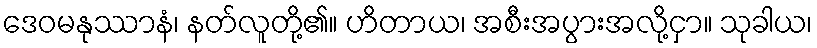
ဒေဝမနုဿာနံ၊ နတ်လူတို့၏။ ဟိတာယ၊ အစီးအပွားအလို့ငှာ။ သုခါယ၊